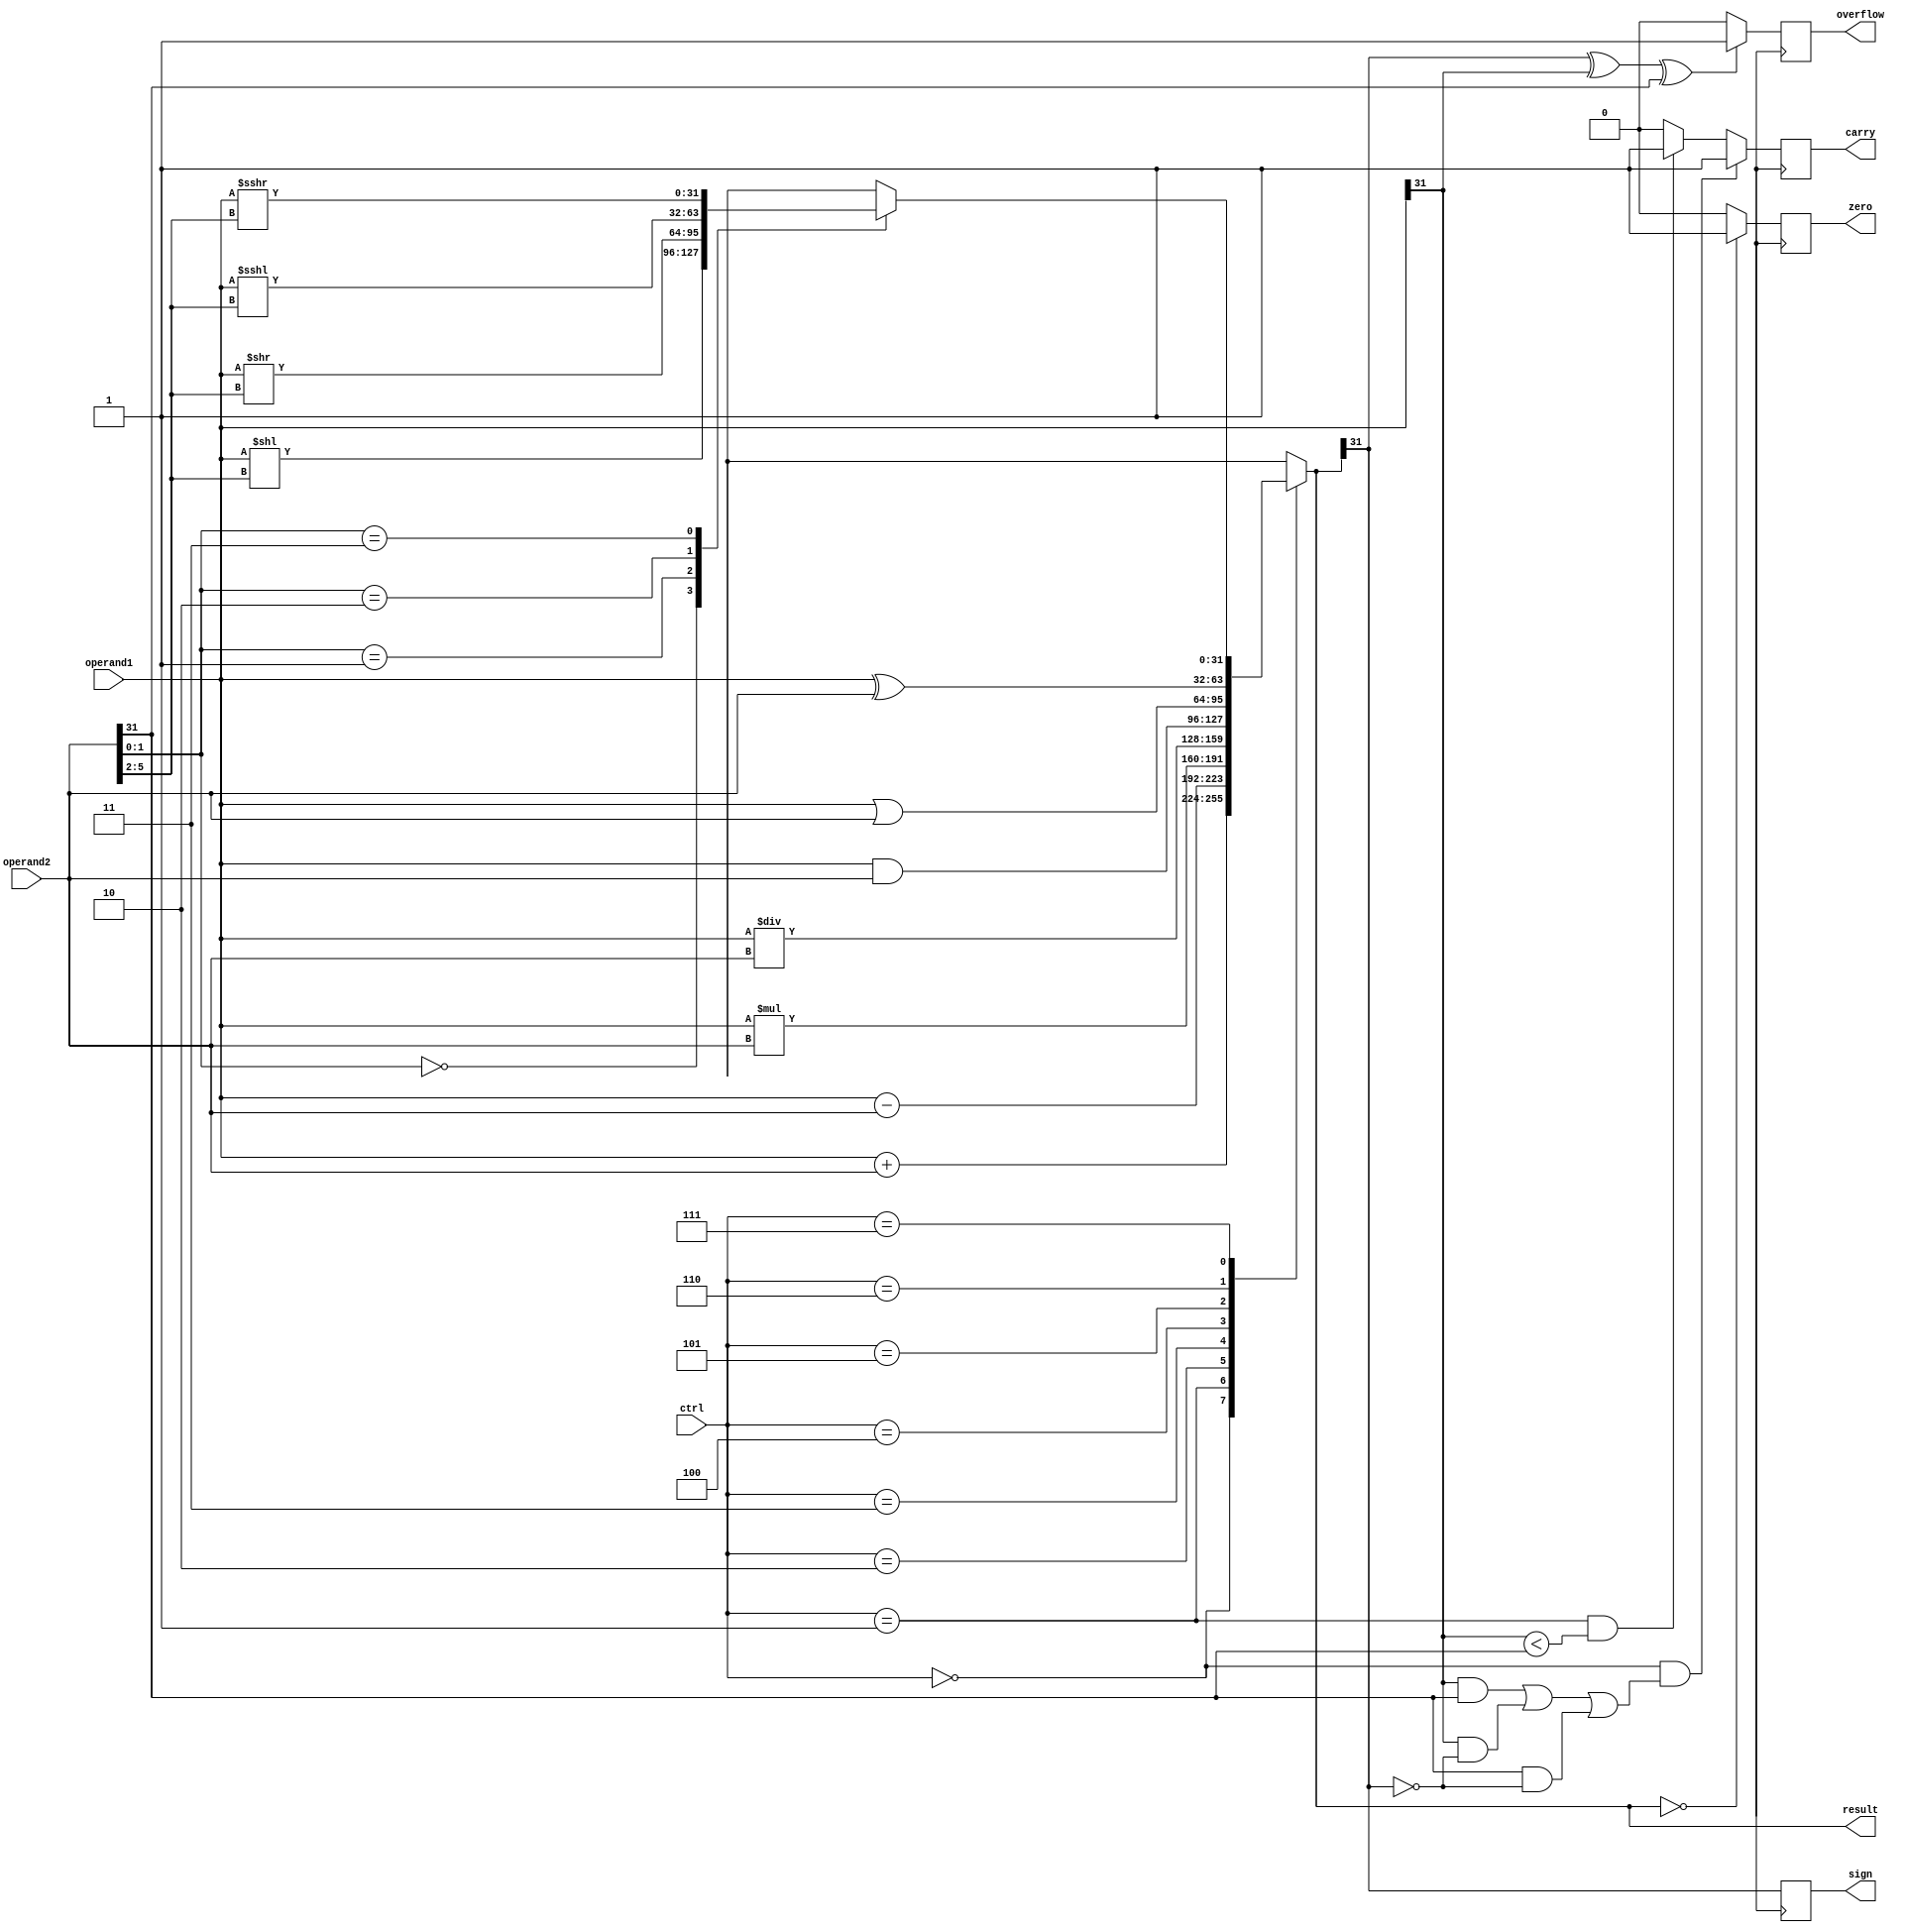
module ALU(input [31:0] operand1, operand2, input [2:0] ctrl, // Inputs
            output reg [31:0] result, output reg overflow, carry, zero, sign); // Outputs
    
    // Combinatorial logic for operations
    always @(*)
    begin
        case(ctrl)
            3'b000: result = operand1 + operand2; // Addition
            3'b001: result = operand1 - operand2; // Subtraction
            3'b010: result = operand1 * operand2; // Multiplication
            3'b011: result = operand1 / operand2; // Division
            3'b100: result = operand1 & operand2; // Bitwise AND
            3'b101: result = operand1 | operand2; // Bitwise OR
            3'b110: result = operand1 ^ operand2; // Bitwise XOR
            3'b111: // Shifting operations
            begin
                case(operand2[1:0])
                    2'b00: result = operand1 << operand2[5:2]; // Left shift
                    2'b01: result = operand1 >> operand2[5:2]; // Right shift
                    2'b10: result = operand1 <<< operand2[5:2]; // Rotate left
                    2'b11: result = operand1 >>> operand2[5:2]; // Rotate right
                endcase
            end
        endcase
    end
    
    // Sequential logic for flag generation
    always @(posedge clk)
    begin
        // Overflow flag
        if(result[31] ^ operand1[31] ^ operand2[31])
            overflow <= 1;
        else
            overflow <= 0;
        
        // Carry flag
        if(ctrl == 3'b000 && ((operand1[31] & operand2[31]) | (operand1[31] & ~result[31]) | (operand2[31] & ~result[31])))
            carry = 1;
        else if(ctrl == 3'b001 && (operand1[31] < operand2[31]))
            carry = 1;
        else 
            carry = 0;
        
        // Zero flag
        if(result == 0)
            zero = 1;
        else
            zero = 0;
        
        // Sign flag
        sign = result[31];
    end

endmodule